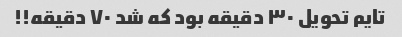
تایم تحویل ۳۰ دقیقه بود که شد ۷۰ دقیقه!!